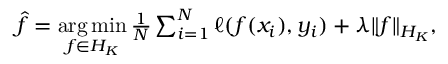
\begin{array} { r } { \hat { f } = \underset { f \in { \cal { H } } _ { K } } { \arg \operatorname* { m i n } } \, \frac { 1 } { N } \sum _ { i = 1 } ^ { N } \ell ( f ( x _ { i } ) , y _ { i } ) + \lambda \| f \| _ { { \cal { H } } _ { K } } , } \end{array}